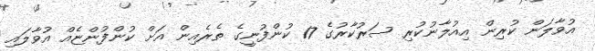
އުވާލަން ކުރިން އިއުލާނުކުރި ސަރުކާރުގެ 17 ކުންފުނީގެ ތެރެއިން އަށް ކުންފުންޏެއް އުވާލައި